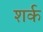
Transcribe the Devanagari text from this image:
शर्क